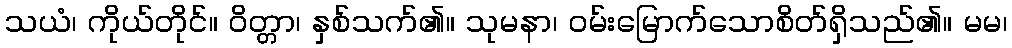
သယံ၊ ကိုယ်တိုင်။ ဝိတ္တာ၊ နှစ်သက်၏။ သုမနာ၊ ဝမ်းမြောက်သောစိတ်ရှိသည်၏။ မမ၊